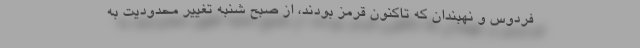
فردوس و نهبندان که تاکنون قرمز بودند، از صبح شنبه تغییر محدودیت به